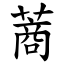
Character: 蔏